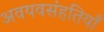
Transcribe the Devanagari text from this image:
अवयवसंहतियाँ